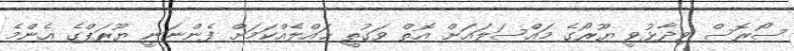
ސޯރޮސް ވިދާޅުވީ ޔޫރޯގެ މައްސަލައަށް އޮތް ވަގުތީ ޙައްލެއްކަމަށް ފެންނަނީ ޔޫރަޕްގެ އެންމެ